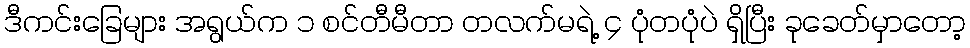
ဒီကင်းခြေများ အရွယ်က ၁ စင်တီမီတာ တလက်မရဲ့ ၄ ပုံတပုံပဲ ရှိပြီး ခုခေတ်မှာတော့